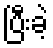
ပြီးခဲ့